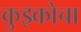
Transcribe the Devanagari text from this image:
कुझ्कोचा